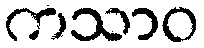
ကသာဝ